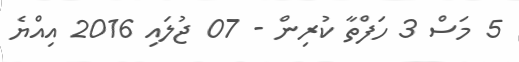
5 މަސް 3 ހަފްތާ ކުރިން - 07 ޖުލައި 2016 އިއްޔެ